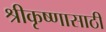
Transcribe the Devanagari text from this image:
श्रीकृष्णासाठी